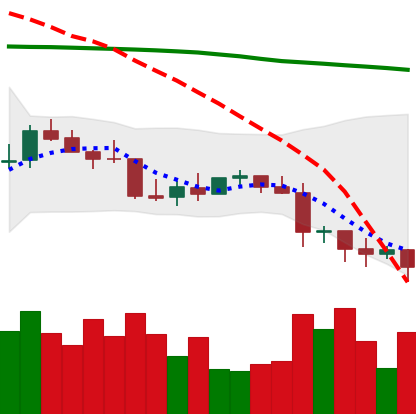
Ticker: LTC-USD
Chart end date: 2022-01-10
Forward return: 16.639%
Label: up_7plus